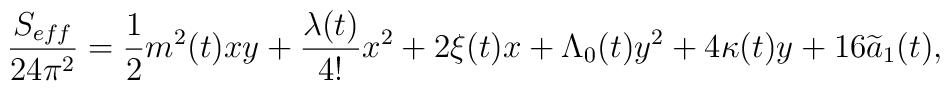
\frac{S_{eff}}{24\pi^2} = \frac{1}{2} m^2(t) xy + \frac{\lambda(t)}{4!} x^2 + 2\xi (t) x + \Lambda_0 (t) y^2 + 4 \kappa (t) y+ 16 \widetilde{a}_1 (t),